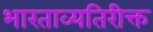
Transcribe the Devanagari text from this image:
भारताव्यतिरीक्त